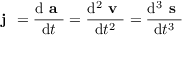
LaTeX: { \textbf { j } } = { \frac { \mathrm { d } { \textbf { a } } } { \mathrm { d } t } } = { \frac { \mathrm { d } ^ { 2 } { \textbf { v } } } { \mathrm { d } t ^ { 2 } } } = { \frac { \mathrm { d } ^ { 3 } { \textbf { s } } } { \mathrm { d } t ^ { 3 } } }